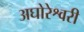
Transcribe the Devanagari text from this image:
अघोरेश्वरी